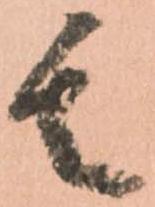
其